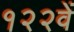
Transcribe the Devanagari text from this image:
१२२वें